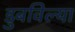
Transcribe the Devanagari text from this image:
डुबविल्या